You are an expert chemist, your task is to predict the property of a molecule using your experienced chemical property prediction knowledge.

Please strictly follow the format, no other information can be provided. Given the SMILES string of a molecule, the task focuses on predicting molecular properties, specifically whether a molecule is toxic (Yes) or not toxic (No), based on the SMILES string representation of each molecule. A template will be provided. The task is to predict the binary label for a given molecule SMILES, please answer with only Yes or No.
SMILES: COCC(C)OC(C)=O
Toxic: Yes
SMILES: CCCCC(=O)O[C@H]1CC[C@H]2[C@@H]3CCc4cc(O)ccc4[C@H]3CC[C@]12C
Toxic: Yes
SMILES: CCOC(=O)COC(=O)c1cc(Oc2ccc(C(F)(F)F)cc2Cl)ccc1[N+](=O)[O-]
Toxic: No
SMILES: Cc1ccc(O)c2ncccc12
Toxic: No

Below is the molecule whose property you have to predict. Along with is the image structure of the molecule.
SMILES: Nc1nc2ccc([N+](=O)[O-])cc2s1
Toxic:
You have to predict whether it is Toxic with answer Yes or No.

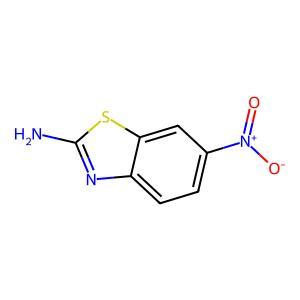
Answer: No